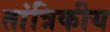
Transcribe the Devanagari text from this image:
तांत्रिकीय